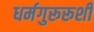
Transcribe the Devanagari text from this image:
धर्मगुरूरूशी